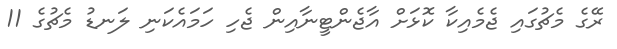
ރޭގެ މެޗުގައި ޖެމެއިކާ ކޮޅަށް އާޖެންޓީނާއިން ޖެހި ހަމައެކަނި ލަނޑު މެޗުގެ 11